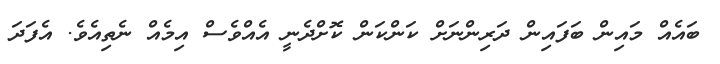
ބައެއް މައިން ބަފައިން ދަރިންނަށް ކަންކަން ކޮށްދެނީ އެއްވެސް އިމެއް ނެތިއެވެ. އެފަދަ